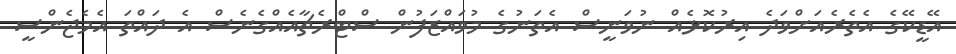
އޭޑީކޭގެ އެތެރެއަށްވަދެ އިރުކޮޅެއް ނުވަނީސް އެތަނުގެ މުވައްޒަފުން ސްޓްރެޗާއެއްގެނެސް އެ ދައްތަ އެމެޖެންސީ